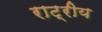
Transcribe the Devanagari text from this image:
राट्रीय